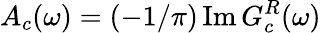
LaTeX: A_{c}(\omega)=(-1/\pi)\, \mathrm{Im}\, G_{c}^{R}(\omega)